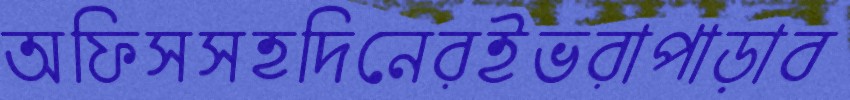
অফিসসহদিনেরইভরাপাড়াব